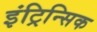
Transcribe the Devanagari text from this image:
इंट्रिन्सिक